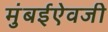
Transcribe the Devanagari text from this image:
मुंबईऐवजी